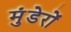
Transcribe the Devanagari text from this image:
मुंडेरों